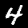
Digit: 4